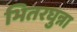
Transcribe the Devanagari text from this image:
भितरघुन्ना